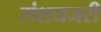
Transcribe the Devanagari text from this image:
संशयजरी